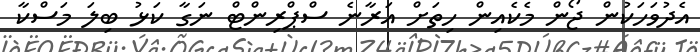
އެދުވަހަކުން ޖޯން މެކެއިން ހިތަށް އަރާނެ ސްޕްރިންޓް ނަގާ ކަޅު ބިލަ މަސްކާ